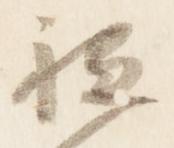
祗